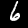
Digit: 6